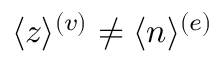
\langle z \rangle ^ { ( v ) } \neq \langle n \rangle ^ { ( e ) }